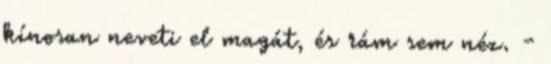
kínosan neveti el magát, és rám sem néz. -